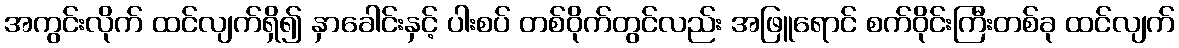
အကွင်းလိုက် ထင်လျက်ရှိ၍ နှာခေါင်းနှင့် ပါးစပ် တစ်ဝိုက်တွင်လည်း အဖြူရောင် စက်ဝိုင်းကြီးတစ်ခု ထင်လျက်